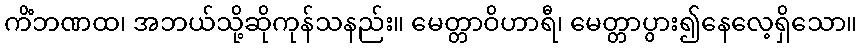
ကိံဘဏထ၊ အဘယ်သို့ဆိုကုန်သနည်း။ မေတ္တာဝိဟာရီ၊ မေတ္တာပွား၍နေလေ့ရှိသော။